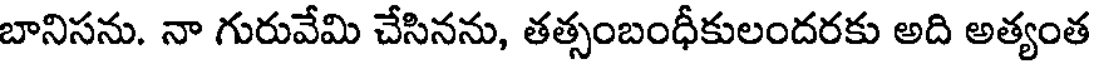
బానిసను. నా గురువేమి చేసినను, తత్సంబంధీకులందరకు అది అత్యంత